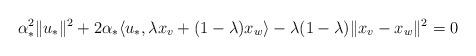
LaTeX: \begin{align*} \alpha_*^2\|u_*\|^2+2\alpha_*\langle u_*,\lambda x_v+(1-\lambda)x_w\rangle-\lambda(1-\lambda)\|x_v-x_w\|^2=0\end{align*}